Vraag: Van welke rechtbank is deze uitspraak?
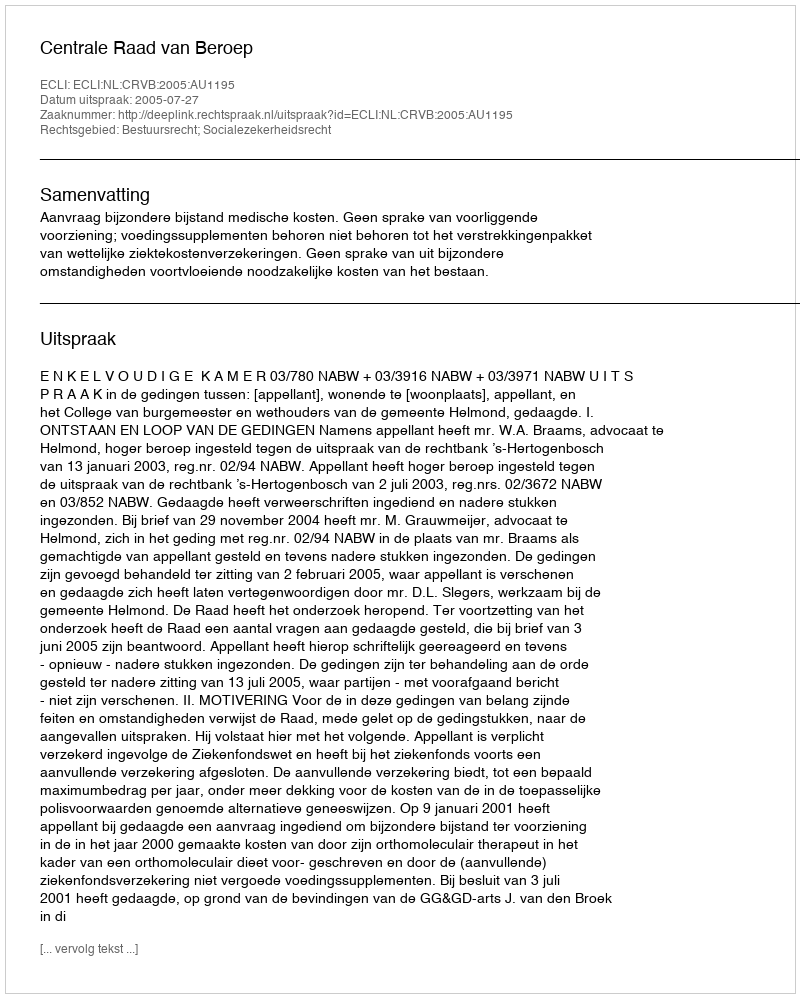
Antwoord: Centrale Raad van Beroep